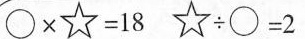
$$\circ \times ☆ = 1 8$$ $$☆ \div \circ =2$$